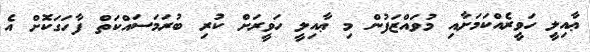
ޢާއިލީ ހަވީރެއްކަމަށާއި މުވައްޒަފުން މި ޢާއިލީ ހަވީރަށް ކުރި ބުރަމަސައްކަތް ފާހަގަކޮށް އެ